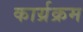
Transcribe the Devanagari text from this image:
कार्य्रक्रम